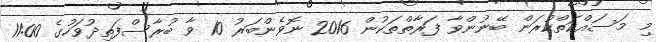
މި މަސައްކަތްކުރަން ބޭނުންވާ ފަރާތްތަކުން 2016 ނޮވެންބަރު 10 ވާ ބުރާސްފަތިދުވަހުގެ 11:00